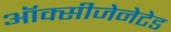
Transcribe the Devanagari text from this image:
ऑक्सीजेनेटेड